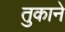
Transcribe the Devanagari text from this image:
तुकाने